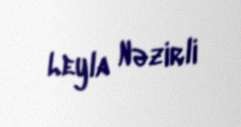
Leyla Nəzirli